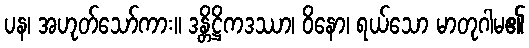
ပန၊ အဟုတ်သော်ကား။ ဒန္တိဋ္ဌိကဒဿာ၊ ဝိနော၊ ရယ်သော မာတုဂါမ၏